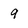
Character: 9